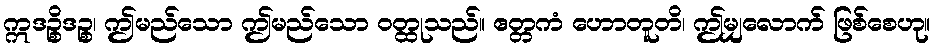
ဣဒဉ္စိဒဉ္စ၊ ဤမည်သော ဤမည်သော ဝတ္ထုသည်။ ဧတ္တကံ ဟောတူတိ၊ ဤမျှလောက် ဖြစ်စေဟု။